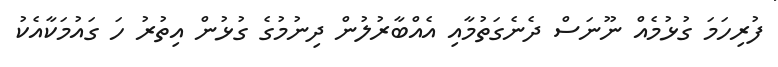
ފުރިހަމަ ގުޅުމެއް ނޫނަސް ދެނެގަތުމާއި އެއްބާރުލުން ދިނުމުގެ ގުޅުން އިތުރު ހަ ގައުމަކާއެކު